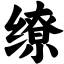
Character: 缭